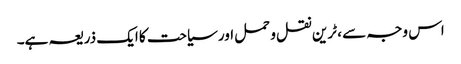
اس وجہ سے ، ٹرین نقل و حمل اور سیاحت کا ایک ذریعہ ہے۔